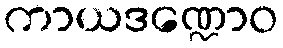
ကာယဒဏ္ဍောဝ